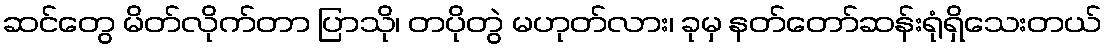
ဆင်တွေ မိတ်လိုက်တာ ပြာသို၊ တပိုတွဲ မဟုတ်လား၊ ခုမှ နတ်တော်ဆန်းရုံရှိသေးတယ်